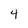
Character: 4